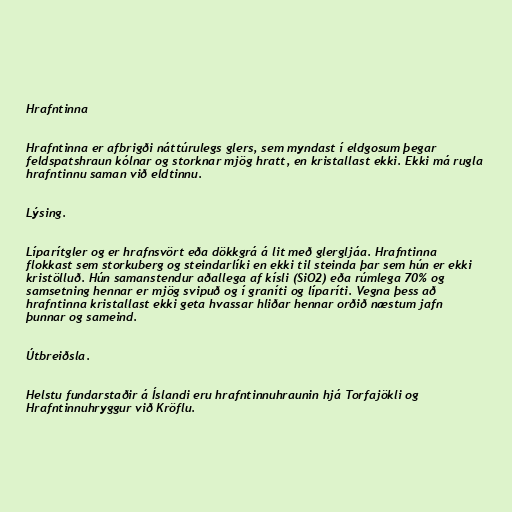
Hrafntinna

Hrafntinna er afbrigði náttúrulegs glers, sem myndast í eldgosum þegar
feldspatshraun kólnar og storknar mjög hratt, en kristallast ekki. Ekki má rugla
hrafntinnu saman við eldtinnu.

Lýsing.

Líparítgler og er hrafnsvört eða dökkgrá á lit með glergljáa. Hrafntinna
flokkast sem storkuberg og steindarlíki en ekki til steinda þar sem hún er ekki
kristölluð. Hún samanstendur aðallega af kísli (SiO2) eða rúmlega 70% og
samsetning hennar er mjög svipuð og í graníti og líparíti. Vegna þess að
hrafntinna kristallast ekki geta hvassar hliðar hennar orðið næstum jafn
þunnar og sameind.

Útbreiðsla.

Helstu fundarstaðir á Íslandi eru hrafntinnuhraunin hjá Torfajökli og
Hrafntinnuhryggur við Kröflu.